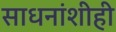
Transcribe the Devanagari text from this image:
साधनांशीही